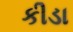
કીડા